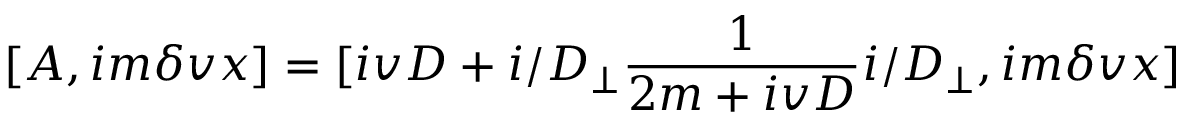
[ A , i m \delta v x ] = [ i v D + i \slash { D } _ { \perp } \frac { 1 } { 2 m + i v D } i \slash { D } _ { \perp } , i m \delta v x ]